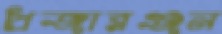
প্রজারঞ্জন